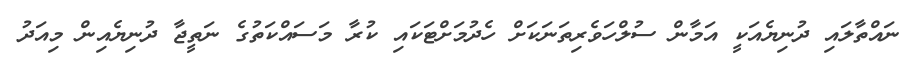
ނައްތާލައި ދުނިޔެއަކީ އަމާން ސުލްހަވެރިތަނަކަށް ހެދުމަށްޓަކައި ކުރާ މަސައްކަތުގެ ނަތީޖާ ދުނިޔެއިން މިއަދު